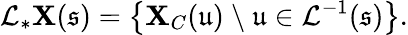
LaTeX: \mathcal{L}_{*}\mathbf{X}(\mathfrak{s})=\left\{ \mathbf{X}_{C}(\mathfrak{u})\ \backslash\ \mathfrak{u}\in\mathcal{L}^{-1}(\mathfrak{s})\right\} .